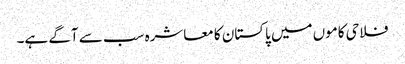
فلاحی کاموں میں پاکستان کا معاشرہ سب سے آگے ہے۔